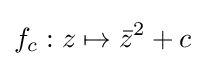
f_{c}:z\mapsto {\bar {z}}^{2}+c